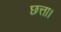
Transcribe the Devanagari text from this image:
छत्ता।